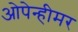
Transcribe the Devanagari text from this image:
ओपेन्हीमर